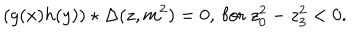
LaTeX: ( g ( x ) h ( y ) ) \star \Delta ( z , m ^ { 2 } ) = 0 , ~ \mathrm { f o r } ~ z _ { 0 } ^ { 2 } - z _ { 3 } ^ { 2 } < 0 .